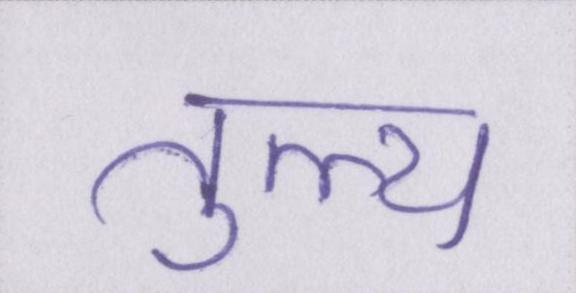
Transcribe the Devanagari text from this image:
तुल्य